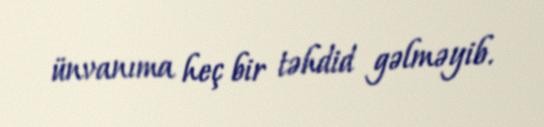
ünvanıma heç bir təhdid gəlməyib.